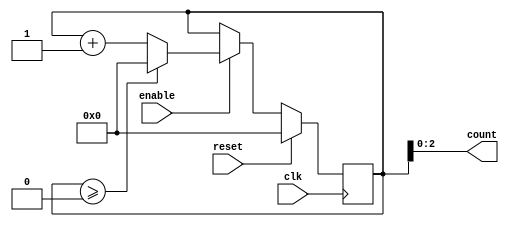
module mixed_radix_counter #(
    parameter NUM_DIGITS = 3, // Number of digits in the counter
    parameter [NUM_DIGITS*4-1:0] RADIXES = {4'd4, 4'd3, 4'd2} // Radices for each digit
)(
    input wire clk,                  // Clock signal
    input wire reset,                // Synchronous reset signal
    input wire enable,               // Enable signal for counting
    output reg [NUM_DIGITS-1:0] count // Current count output
);

    // Internal count values for each digit
    reg [3:0] digit_count [0:NUM_DIGITS-1];

    integer i;

    always @(posedge clk) begin
        if (reset) begin
            // Reset all digits to zero
            for (i = 0; i < NUM_DIGITS; i = i + 1) begin
                digit_count[i] <= 0;
            end
        end else if (enable) begin
            // Increment the least significant digit
            digit_count[0] <= digit_count[0] + 1;

            // Handle cascading overflow
            for (i = 0; i < NUM_DIGITS; i = i + 1) begin
                if (digit_count[i] >= RADIXES[i]) begin
                    digit_count[i] <= 0; // Reset current digit
                    if (i + 1 < NUM_DIGITS) begin
                        digit_count[i + 1] <= digit_count[i + 1] + 1; // Increment next digit
                    end
                end
            end
        end
    end

    // Output the count as a concatenated vector
    always @(*) begin
        count = {digit_count[NUM_DIGITS-1], digit_count[NUM_DIGITS-2], digit_count[NUM_DIGITS-3]};
    end

endmodule